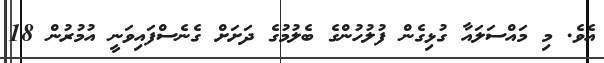
އެވެ. މި މައްސަލައާ ގުޅިގެން ފުލުހުންގެ ބެލުމުގެ ދަށަށް ގެނެސްފައިވަނީ އުމުރުން 18